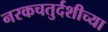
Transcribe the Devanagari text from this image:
नरकचतुर्दशीच्या